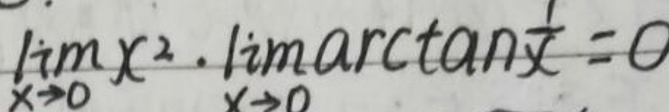
$\lim_{x \to 0}x^{2}\cdot\lim_{x \to 0}\arctan\frac{1}{x}=0$